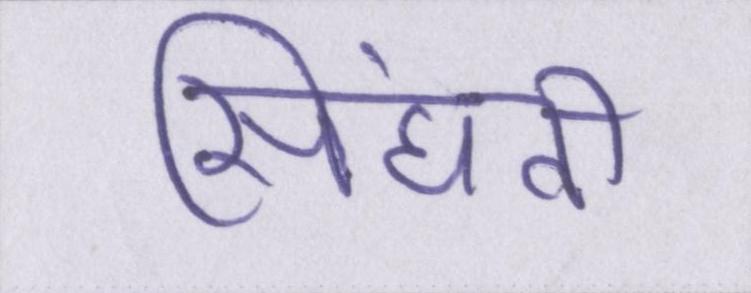
सिंघवी